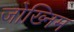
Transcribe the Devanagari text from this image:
जोख्निम